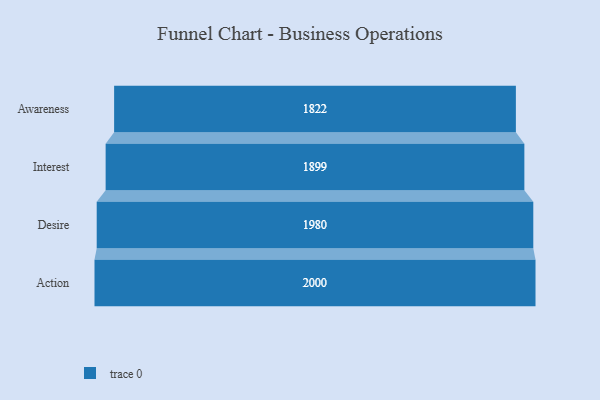
{"axis": {"x": "Stage", "y": "Value"}, "legend": [""], "data": [{"x": "Awareness", "y": 1822.0, "type": ""}, {"x": "Interest", "y": 1899.0, "type": ""}, {"x": "Desire", "y": 1980.0, "type": ""}, {"x": "Action", "y": 2000, "type": ""}]}